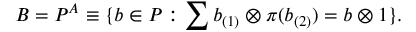
B = P ^ { A } \equiv \{ b \in P : \sum b _ { ( 1 ) } \otimes \pi ( b _ { ( 2 ) } ) = b \otimes 1 \} .